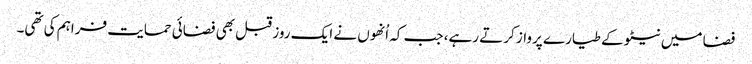
فضا میں نیٹو کے طیارے پرواز کرتے رہے، جب کہ اُنھوں نے ایک روز قبل بھی فضائی حمایت فراہم کی تھی۔